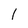
Character: I